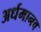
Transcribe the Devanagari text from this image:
अर्धमानव